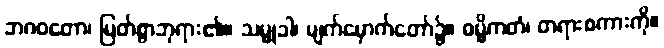
ဘဂဝတော၊ မြတ်စွာဘုရား၏။ သမ္မုခါ၊ မျက်မှောက်တော်၌။ ဓမ္မိကတံ၊ တရားစကားကို။